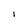
Character: I